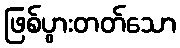
ဖြစ်ပွားတတ်သော